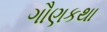
ગૌણકથા